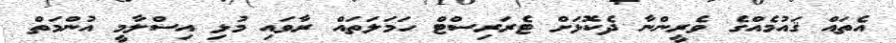
އެތައް ޤައުމެއްގެ ވެރީންނާ ދެކޮޅަށް ޓެރަރިސްޓް ހަމަލަތައް ރާވައި މުޅި އިސްލާމީ އުންމަތް